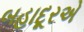
બહાદૂરએ